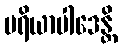
ပရိယာပါဒေန္တိ